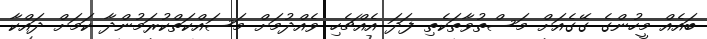
ބައެއް މީހުންގެ ގޭގެއަށް މަސްތުވާތަކެތި ފަދަ އެއްޗެހި ވެއްދުމަށް މަސައްކަތްކުރަމުންދާ ކަމަށް ދައްކާ